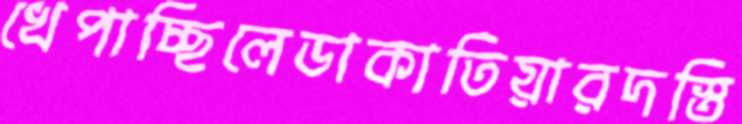
খেপাচ্ছিলেডাকাতিয়ারদস্তি